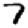
Digit: 7